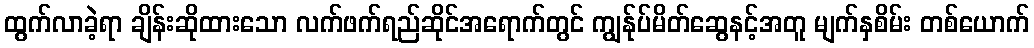
ထွက်လာခဲ့ရာ ချိန်းဆိုထားသော လက်ဖက်ရည်ဆိုင်အရောက်တွင် ကျွန်ုပ်မိတ်ဆွေနင့်အတူ မျက်နှစိမ်း တစ်ယောက်